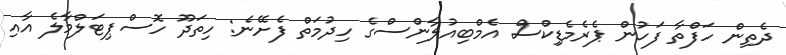
ދެތިން ހަފްތާ ފަހުން ޕެރެމެޑިިކްސް އެމްބިއުލާންސްގެ ހިދުމަތް ފެށޭނެ: ހިތަދޫ ހޮސްޕިޓަލްމާލެ އާއި